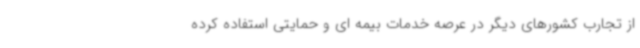
از تجارب کشورهای دیگر در عرصه خدمات بیمه ای و حمایتی استفاده کرده